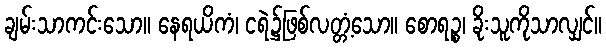
ချမ်းသာကင်းသော။ နေရယိကံ၊ ငရဲ၌ဖြစ်လတ္တံ့သော။ စောရဉ္စ၊ ခိုးသူကိုသာလျှင်။